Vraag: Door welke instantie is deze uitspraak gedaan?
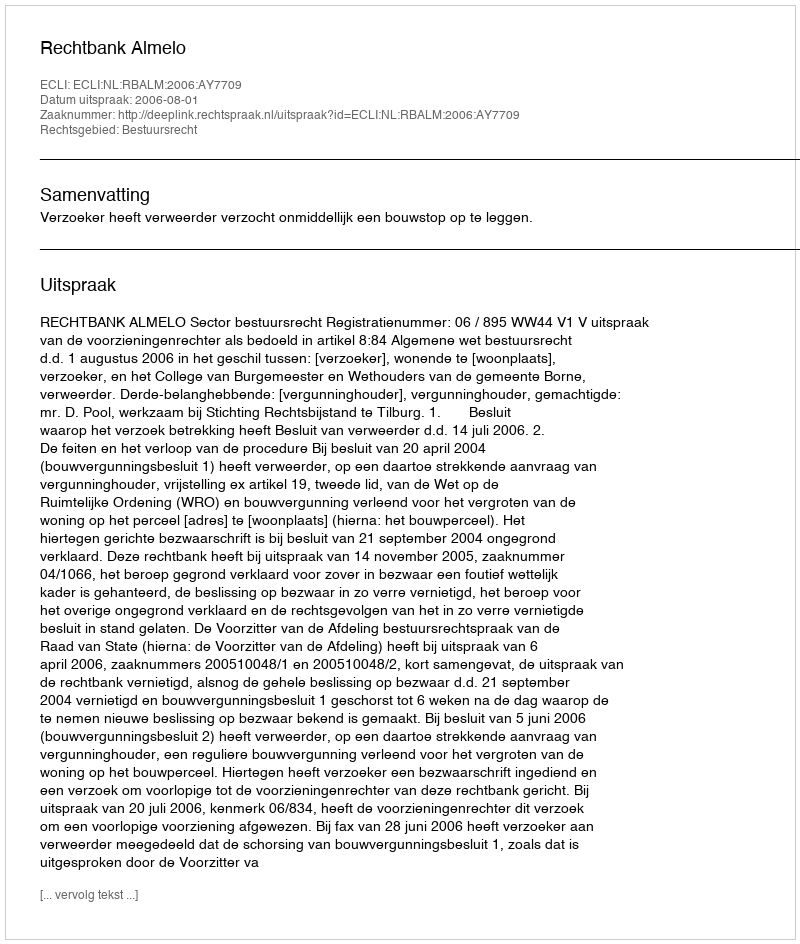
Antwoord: Rechtbank Almelo